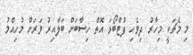
މި މެޗަކީ މިހާރު ދިވެހި ފުޓްބޯޅަ އޮތް ހިސާބަށް ބަލާއިރު ވަރަށް މުހިއްމު